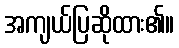
အကျယ်ပြဆိုထား၏။